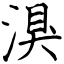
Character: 湨